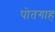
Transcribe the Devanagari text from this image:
पोतगाह